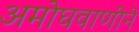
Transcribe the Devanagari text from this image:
अमोघवाणीने